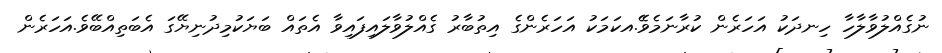
ނުގެއްލުވާލާހާ ހިނދަކު އަހަރެން ކުރާނަމެވެ.ެއކަމަކު އަހަރެންގެ އިތުބާރު ގެއްލުވާލައިފައިވާ އެތައް ބަޔަކުމިދުނިޔޭގަ އެބަތިއްބޭވެ.އަހަރެން